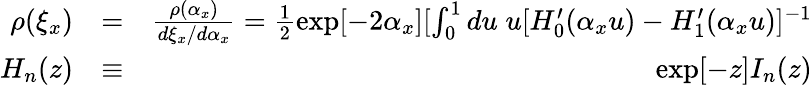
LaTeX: \begin{array}{rlr}{\rho(\xi_{x})}&{=}&{\frac{\rho(\alpha_{x})}{d\xi_{x}/d\alpha_{x}}=\frac{1}{2}\exp[-2\alpha_{x}][\int_{0}^{1}du\; u[H_{0}^{\prime}(\alpha_{x}u)-H_{1}^{\prime}(\alpha_{x}u)]^{-1}}\\ {H_{n}(z)}&{\equiv}&{\exp[-z]I_{n}(z)}\end{array}